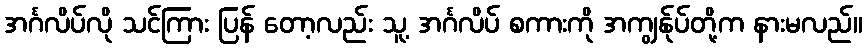
အင်္ဂလိပ်လို သင်ကြား ပြန် တော့လည်း သူ့ အင်္ဂလိပ် စကားကို အကျွန်ုပ်တို့က နားမလည်။